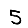
Digit: 5